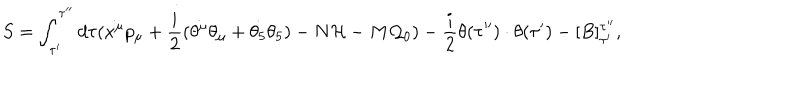
S = \int _ { \tau ^ { \prime } } ^ { \tau ^ { \prime \prime } } d \tau ( \dot { x ^ { \mu } } p _ { \mu } + \frac { i } { 2 } ( \dot { \theta ^ { \mu } } \theta _ { \mu } + \dot { \theta _ { 5 } } \theta _ { 5 } ) - N { \cal H } - M { \cal Q } _ { 0 } ) - \frac { i } { 2 } \theta ( \tau ^ { \prime \prime } ) \cdot \theta ( \tau ^ { \prime } ) - [ B ] _ { \tau ^ { \prime } } ^ { \tau ^ { \prime \prime } } ,